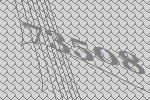
73508